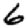
Digit: 6